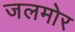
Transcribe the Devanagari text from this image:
जलमोर